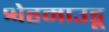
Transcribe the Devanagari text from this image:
श्वेहमाउडू